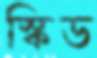
স্কিড